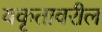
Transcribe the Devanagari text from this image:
यकृतावरील